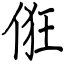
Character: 俇